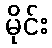
မိုင်း